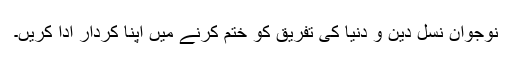
نوجوان نسل دین و دنیا کی تفریق کو ختم کرنے میں اپنا کردار ادا کریں۔